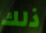
ذلك